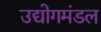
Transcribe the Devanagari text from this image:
उद्योगमंडल